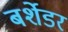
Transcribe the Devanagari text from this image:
बर्शेडर